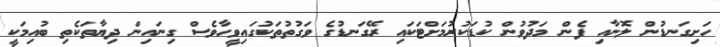
ހަށިގަނޑުން ލޮނާއި ފެން މަދުވުން ކުޑަކުރުމަށްޓަކައި ރޭގަނޑުގެ ވަގުތުތަކުގައިވީހާވެސް ގިނައިން ދިޔާތަކެތި ބުއިމަކީ